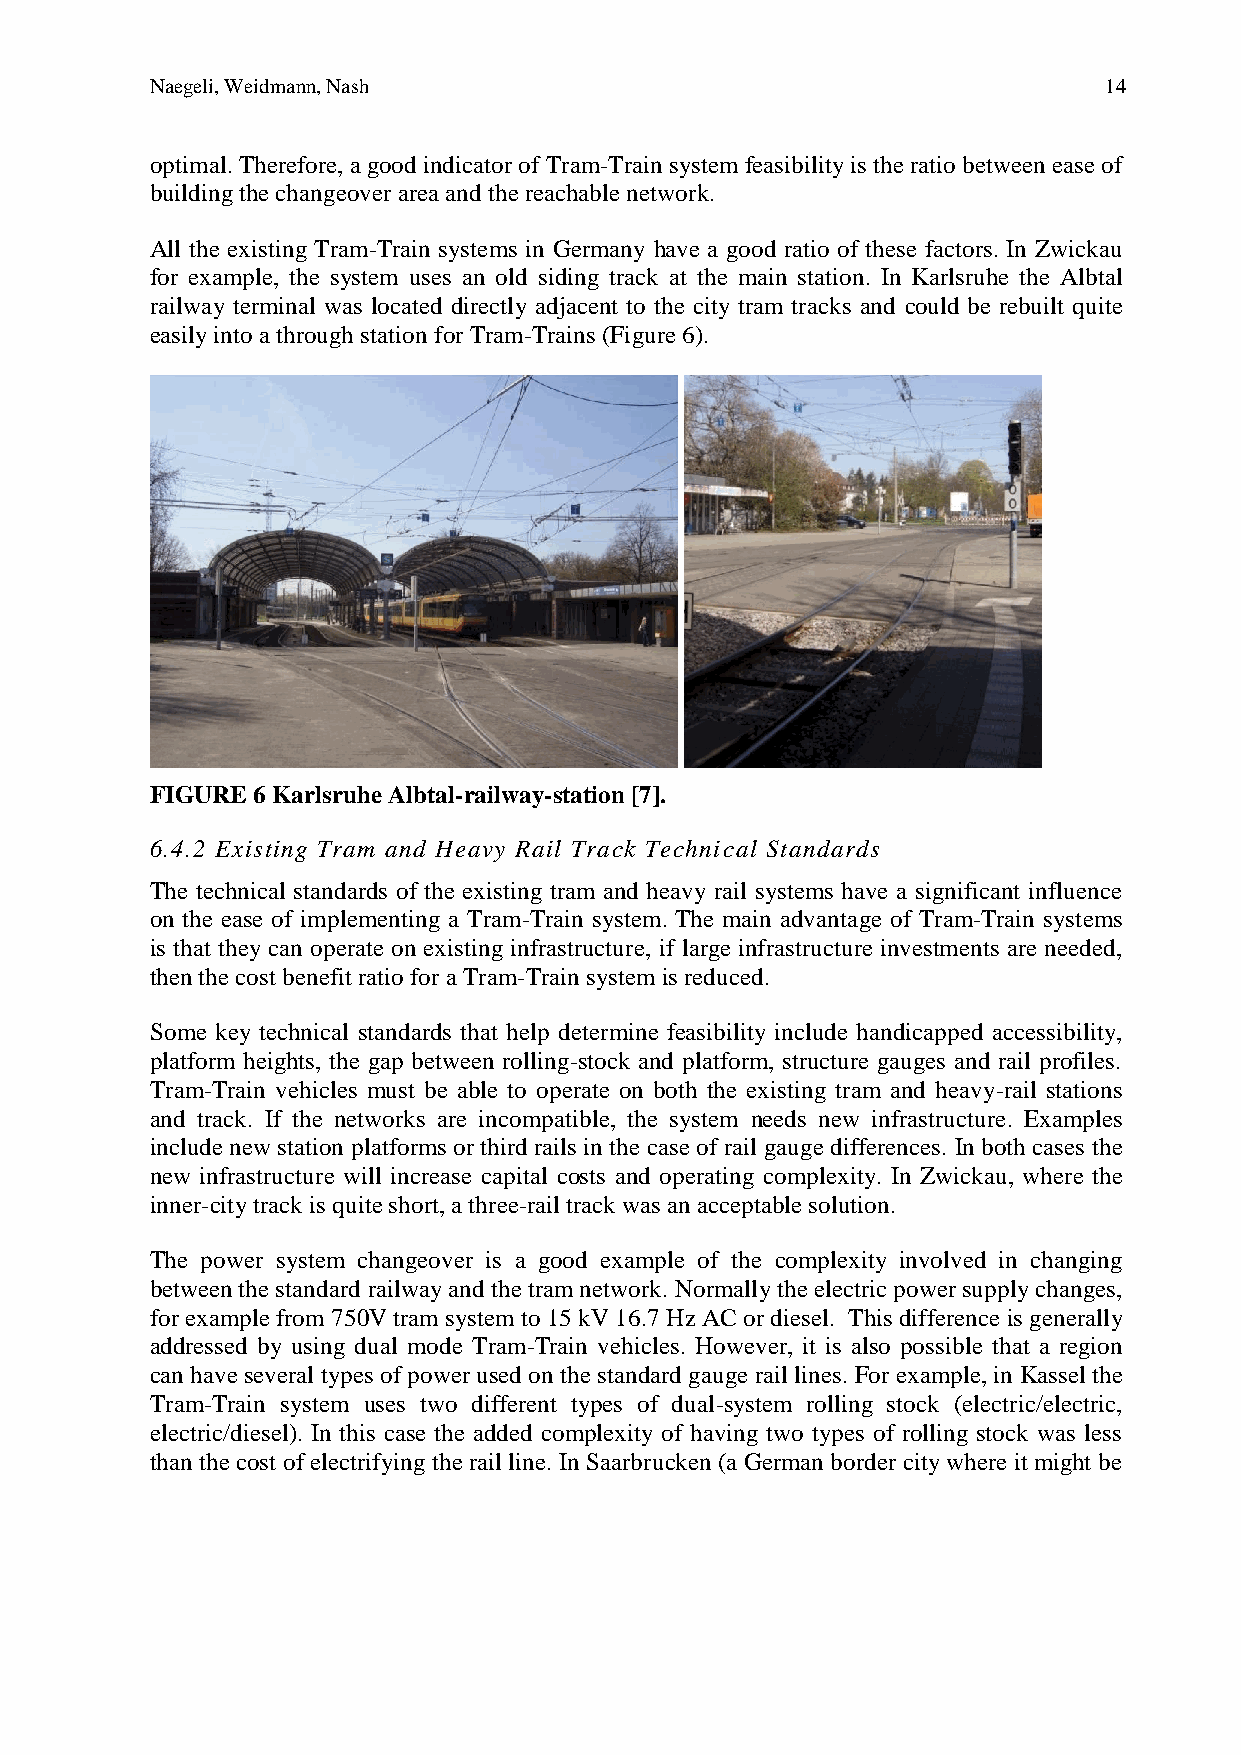
Naegeli, Weidmann, Nash                                        14
 optimal. Therefore, a good indicator of Tram-Train system feasibility is the ratio between ease of
 building the changeover area and the reachable network.
 All the existing Tram-Train systems in Germany have a good ratio of these factors. In Zwickau
 for example, the system uses an old siding track at the main station. In Karlsruhe the Albtal
 railway terminal was located directly adjacent to the city tram tracks and could be rebuilt quite
 easily into a through station for Tram-Trains (Figure 6).
 FIGURE 6 Karlsruhe Albtal-railway-station [7].
 6.4.2 Existing Tram and Heavy Rail Track Technical Standards
 The technical standards of the existing tram and heavy rail systems have a significant influence
 on the ease of implementing a Tram-Train system. The main advantage of Tram-Train systems
 is that they can operate on existing infrastructure, if large infrastructure investments are needed,
 then the cost benefit ratio for a Tram-Train system is reduced.
 Some key technical standards that help determine feasibility include handicapped accessibility,
 platform heights, the gap between rolling-stock and platform, structure gauges and rail profiles.
 Tram-Train vehicles must be able to operate on both the existing tram and heavy-rail stations
 and track. If the networks are incompatible, the system needs new infrastructure. Examples
 include new station platforms or third rails in the case of rail gauge differences. In both cases the
 new infrastructure will increase capital costs and operating complexity. In Zwickau, where the
 inner-city track is quite short, a three-rail track was an acceptable solution.
 The power system changeover is a good example of the complexity involved in changing
 between the standard railway and the tram network. Normally the electric power supply changes,
 for example from 750V tram system to 15 kV 16.7 Hz AC or diesel. This difference is generally
 addressed by using dual mode Tram-Train vehicles. However, it is also possible that a region
 can have several types of power used on the standard gauge rail lines. For example, in Kassel the
 Tram-Train system uses two different types of dual-system rolling stock (electric/electric,
 electric/diesel). In this case the added complexity of having two types of rolling stock was less
 than the cost of electrifying the rail line. In Saarbrucken (a German border city where it might be